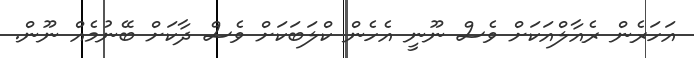
އަހަރެން ރެއާލްއަކަށް ވެސް ނޫނީ އެހެން ކްލަބަކަށް ވެސް ދާކަށް ބޭނުމެއް ނޫން.